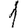
Digit: 1